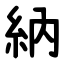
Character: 納